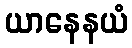
ယာနေနယံ